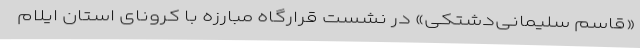
«قاسم سلیمانی‌دشتکی» در نشست قرارگاه مبارزه با کرونای استان ایلام